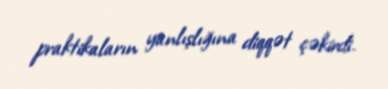
praktikaların yanlışlığına diqqət çəkirdi.